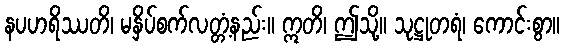
နပဟရိဿတိ၊ မနှိပ်စက်လတ္တံ့နည်း။ ဣတိ၊ ဤသို့။ သုဋ္ဌုတရံ၊ ကောင်းစွာ။